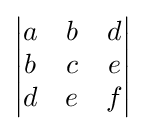
{\begin{vmatrix}a&b&d\\b&c&e\\d&e&f\end{vmatrix}}